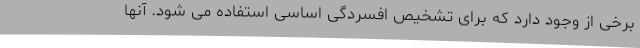
برخی از وجود دارد که برای تشخیص افسردگی اساسی استفاده می شود. آنها